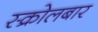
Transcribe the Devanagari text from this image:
स्क्रोलबार